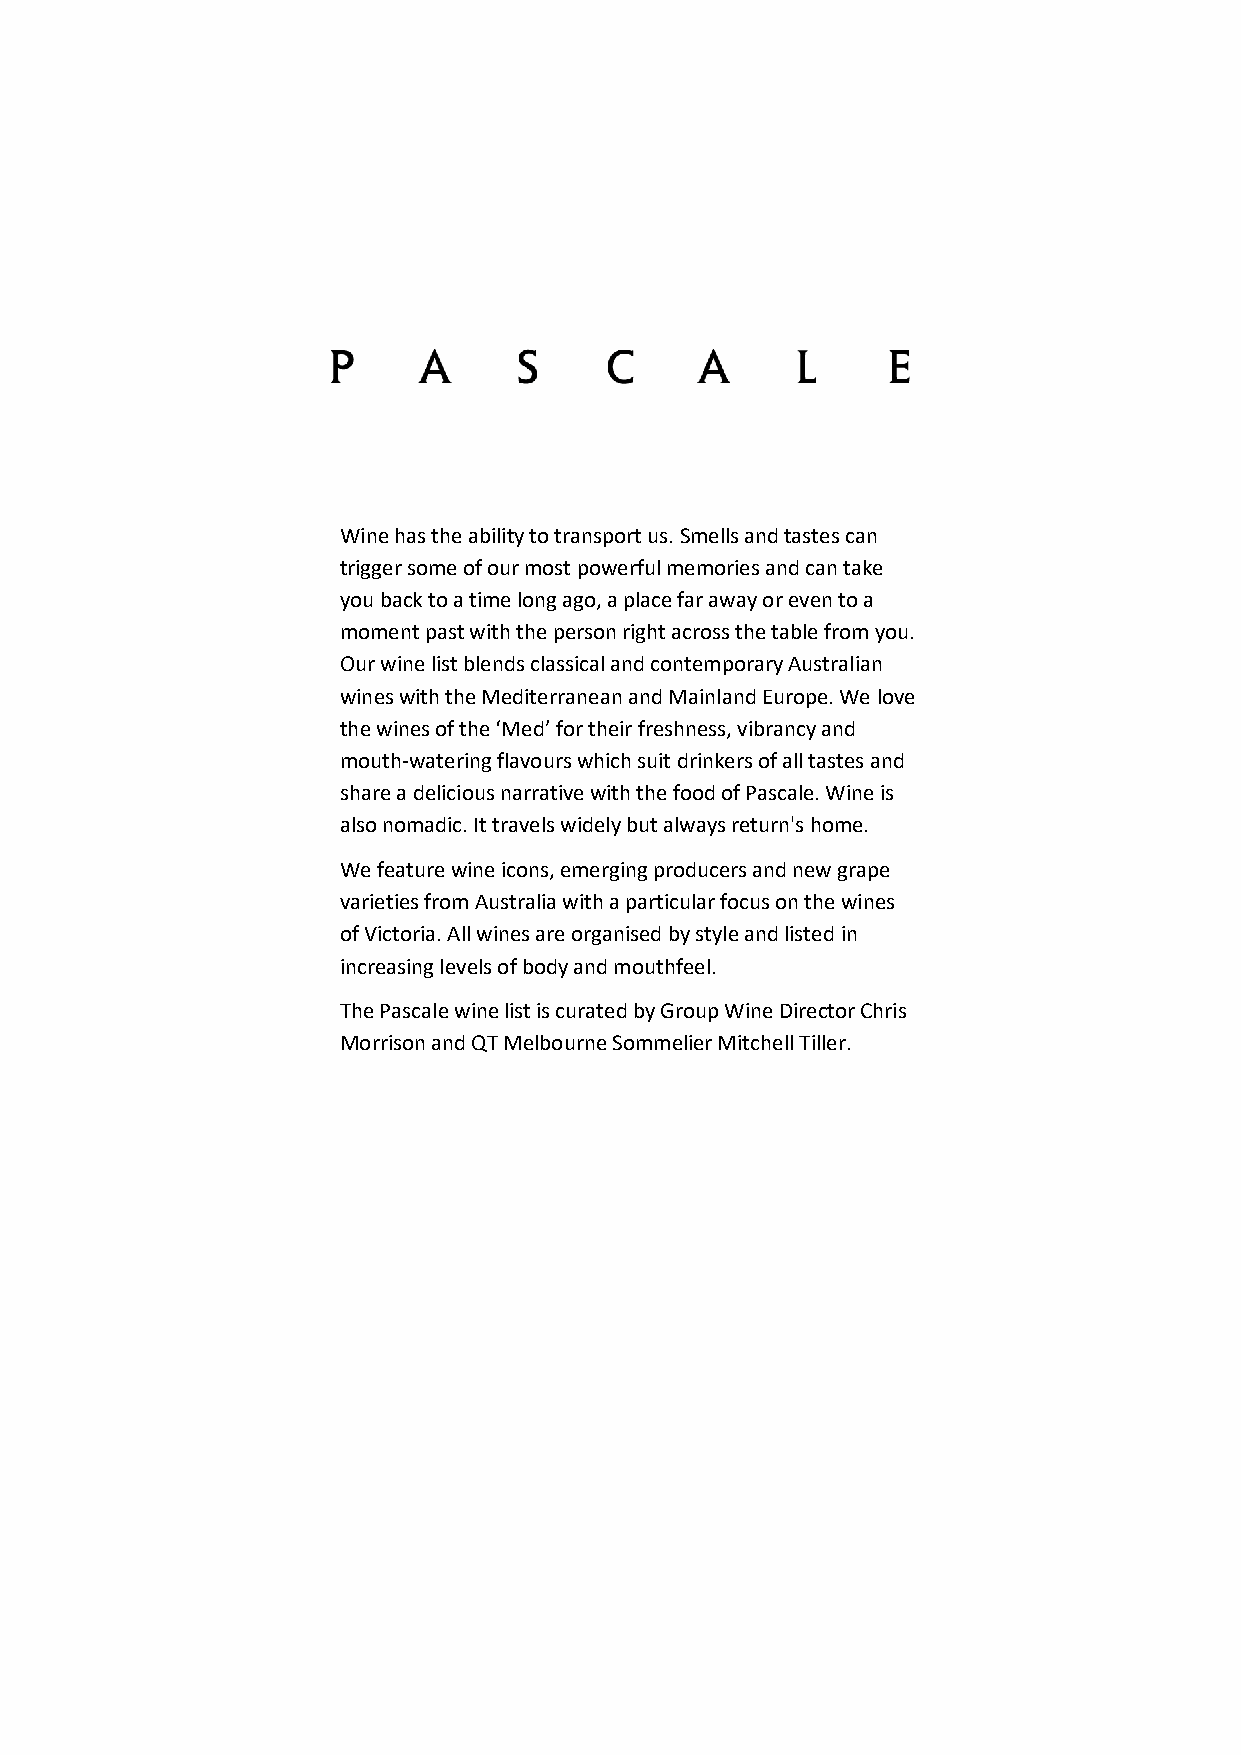
Wine has the ability to transport us. Smells and tastes can
 trigger some of our most powerful memories and can take
 you back to a time long ago, a place far away or even to a
 moment past with the person right across the table from you.
 Our wine list blends classical and contemporary Australian
 wines with the Mediterranean and Mainland Europe. We love
 the wines of the ‘Med’ for their freshness, vibrancy and
 mouth-watering flavours which suit drinkers of all tastes and
 share a delicious narrative with the food of Pascale. Wine is
 also nomadic. It travels widely but always return's home.
 We feature wine icons, emerging producers and new grape
 varieties from Australia with a particular focus on the wines
 of Victoria. All wines are organised by style and listed in
 increasing levels of body and mouthfeel.
 The Pascale wine list is curated by Group Wine Director Chris
 Morrison and QT Melbourne Sommelier Mitchell Tiller.